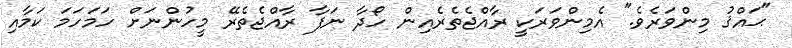
"ޙައްޤު މިންވަރެވެ." އެމިންވަރަކީ ރާއްޖެތެރެއިން ހޯދާ ނަފާ ރާއްޖެތެރޭ މީހުންނަށް ހަމަހަމަ ކަމާއި